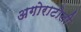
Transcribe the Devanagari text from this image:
अगोराटोली